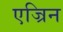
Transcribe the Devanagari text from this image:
एज्रिन